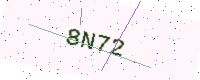
Text: 8N72